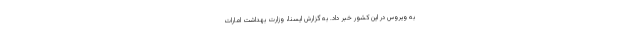
به ویروس در این کشور خبر داد. به گزارش ایسنا، وزارت بهداشت امارات